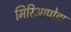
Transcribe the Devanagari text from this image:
मिरिआपोडा